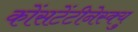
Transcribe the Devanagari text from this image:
कोंसटेंटीनेस्क्यु